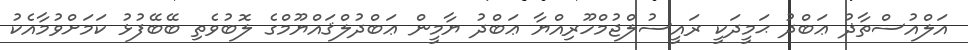
އަލްއުސްތާޛު ޢަބްދު ޙަމީދަކީ ރައީސުލްޖުމްހޫރިއްޔާ ޢަބްދު ޔާމީން ޢަބްދުލްޤައްޔޫމްގެ ލޮބުވެތި ބޭބޭފުޅު ކަމަށްވުމާއެކު